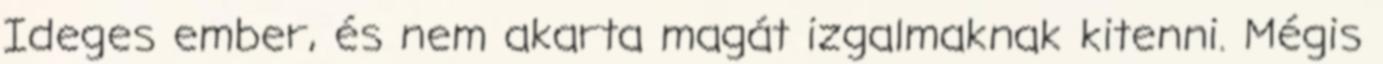
Ideges ember, és nem akarta magát izgalmaknak kitenni. Mégis